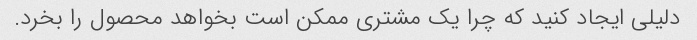
دلیلی ایجاد کنید که چرا یک مشتری ممکن است بخواهد محصول را بخرد.